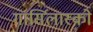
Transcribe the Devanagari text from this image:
गार्सिलास्को